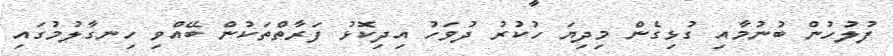
ފުލުހުން ބުނުމާއި ގުޅިގެން މިދިޔަ ހުކުރު ދުވަހު އިދިކޮޅު ފަރާތްތަކުން ބޭއްވި ހިނގާލުމުގައި